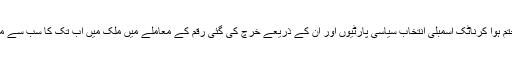
نئی دہلی: حال ہی میں ختم ہوا کرناٹک اسمبلی انتخاب سیاسی پارٹیوں اور ان کے ذریعے خرچ کی گئی رقم کے معاملے میں ملک میں اب تک کا سب سے مہنگا اسمبلی انتخاب رہا۔